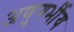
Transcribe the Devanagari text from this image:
अणुगर्भीय